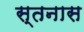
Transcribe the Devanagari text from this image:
स्तनास